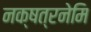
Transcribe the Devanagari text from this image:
नक्षत्रनेमि